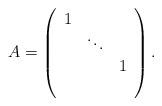
LaTeX: \begin{align*}A=\left(\begin{array}{ccc}1& &\\&\ddots& \\&&1\\&&\end{array}\right).\end{align*}